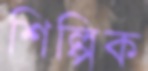
শিল্পিক